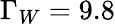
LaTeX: \Gamma_{W}=9.8